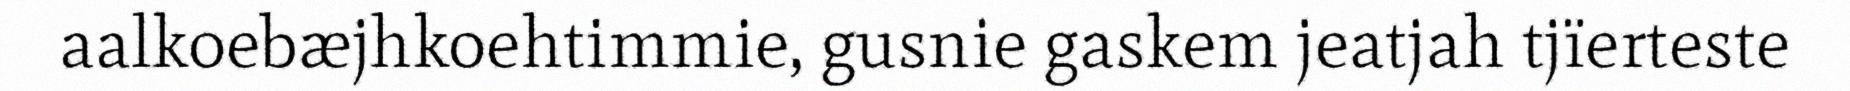
aalkoebæjhkoehtimmie, gusnie gaskem jeatjah tjïerteste